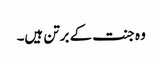
وہ جنت کے برتن ہیں۔